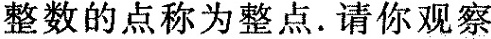
整数的点称为整点。请你观察